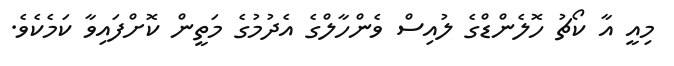
މިއީ އާ ކޯޗު ހޮލެންޑްގެ ލުއިސް ވެންހާލްގެ އެދުމުގެ މަތީން ކޮށްފައިވާ ކަމެކެވެ.